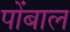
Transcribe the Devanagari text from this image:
पोंबाल